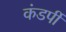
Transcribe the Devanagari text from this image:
कंडर्पी